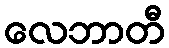
လေဘာတီ